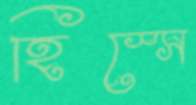
হিস্‌সে